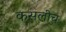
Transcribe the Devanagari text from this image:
कसलीच